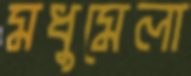
মধুমেলা